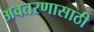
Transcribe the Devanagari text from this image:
अवतरणासाठी